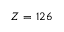
Z = 1 2 6